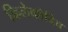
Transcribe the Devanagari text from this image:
फिलेकोविच